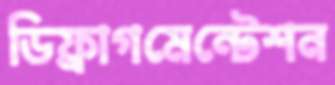
ডিফ্রাগমেন্টেশন